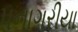
પનાગરીયા